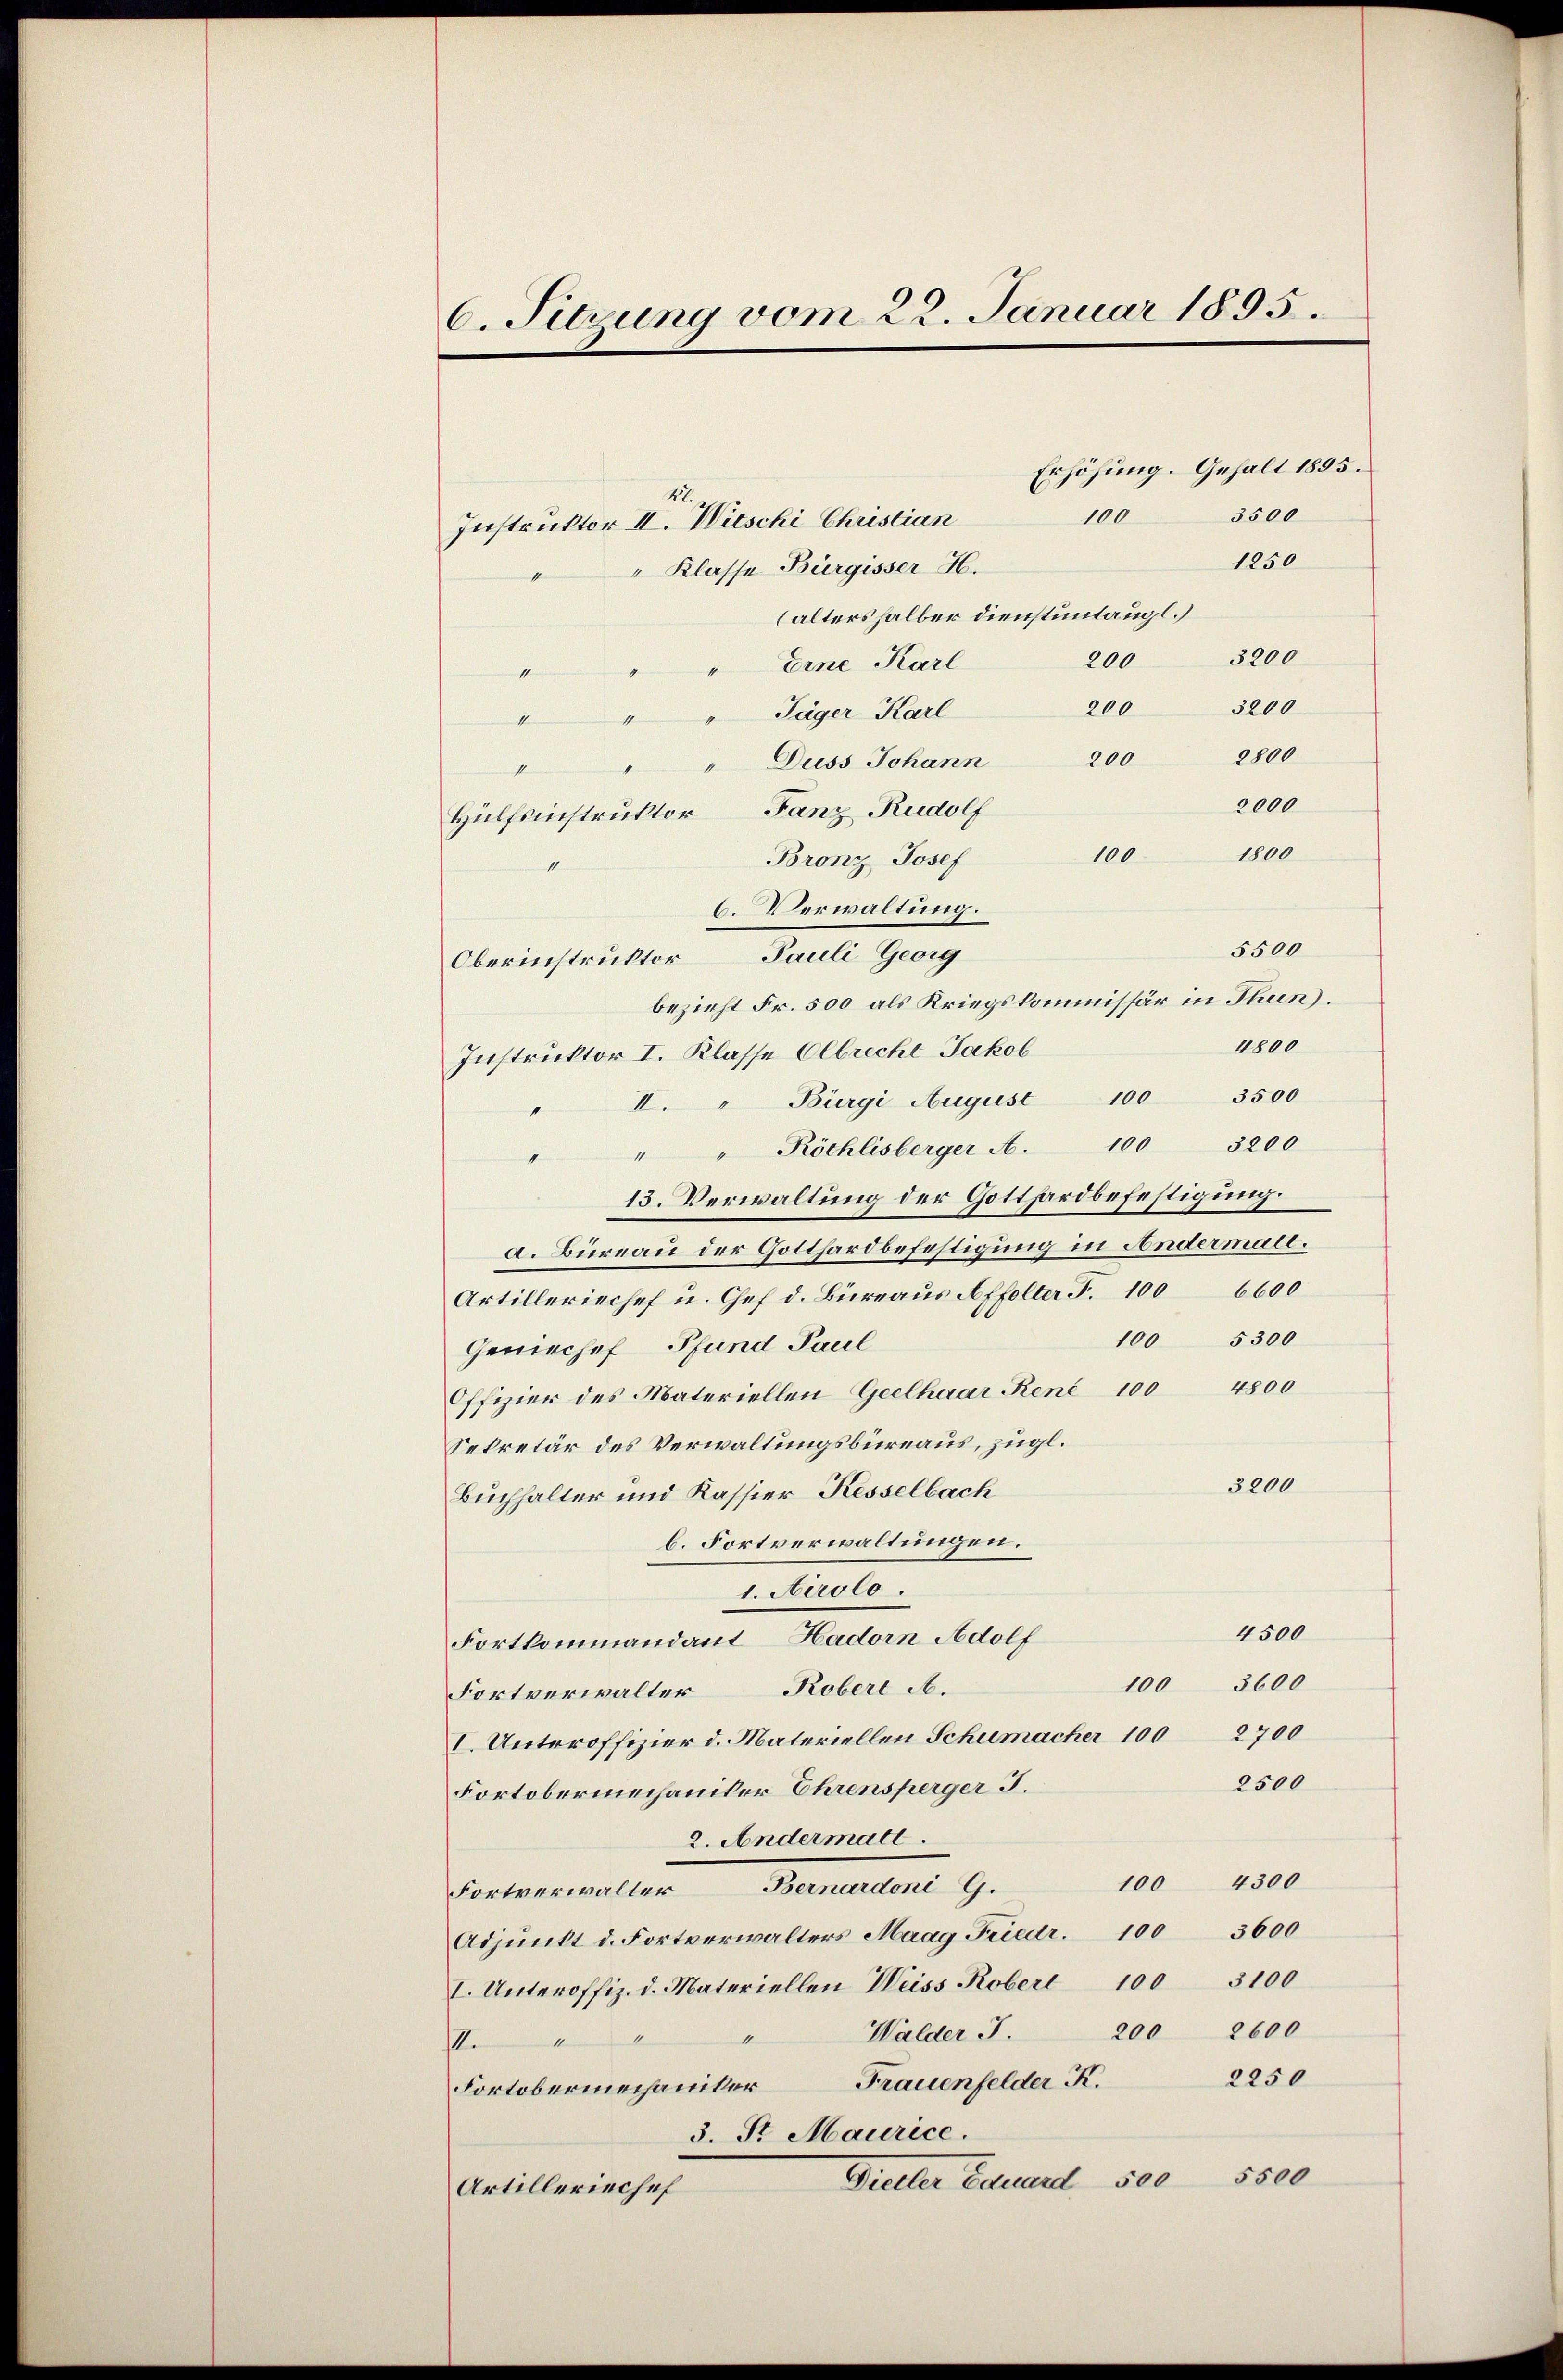
6. Sitzung vom 22. Januar 1895.

Erhöhung. Gehalt 1895.
3500
Instruktor II. Wieschi Christian
1250
" Klasse Bürgisser H.
(altershalber dienstuntaugl.)
3200
200
" Eine Karl
1
3200
200
Jäger Karl
d
1
2800
" Duss Johann 200
k
2000
Hülfsinstruktor Fanz Rudolf
1800
100
Bronz Josef
II
C. Verwaltung.
5500
Oberinstruktor Pauli Georg
bezieht Fr. 500 als Kriegskommissär in Thun.
4800
Instruktor I. Klasse Albrecht Jakob
II. " Bürgi August 100 3500
Röchlisberger A. 100 3200
a
13. Verwaltung der Gotthardbefestigung.
a. Bureau der Gotthardbefestigung in Andermale.
Artilleriechef u. Chef d. Büreaus Affolter F. 1006600
5300
100
Geniechef Pfund Paul
Offizier des Materiellen Geelhaar René 100 4800
Sekretär des Verwaltungsbüreaus, zügl.
3200
Buchhalter und Kassier Kesselbach
b. Fortverwaltungen.
1. Airolo.
4500
Fortkommandant Hadorn Adolf
3600
100
Fortverwalter Kobert A.
2700
I. Unteroffizier d. Materiellen Schumacher 100
2500
Fortobermechanter Ehrensperger J.
2. Andermatt.
100 4300
Fortverwalter Bernardoni G.
3600
Adjunkt d. Fortverwalters Maag Friedr. 100
I. Unteroffiz. d. Materiellen Weiss Kober 100 3100
200 2600
Walder J.
II.
2250
Fortobermechaniker Frauenfelder K.
3. Sr. Maurice.
5500
Dieller Eduard 500
Artilleriechef

100